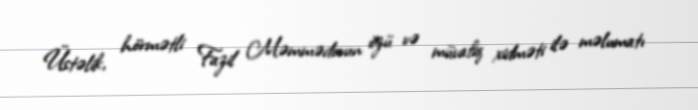
Üstəlik, hörmətli Fazil Məmmədovun özü və müvafiq xidməti ilə məlumatı